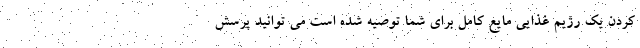
کردن یک رژیم غذایی مایع کامل برای شما توصیه شده است می توانید پرسش